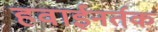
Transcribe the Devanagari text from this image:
हवाईनर्तक